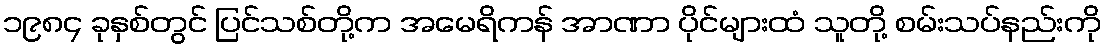
၁၉၈၄ ခုနှစ်တွင် ပြင်သစ်တို့က အမေရိကန် အာဏာ ပိုင်များထံ သူတို့ စမ်းသပ်နည်းကို